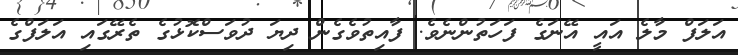
އަލަފް މާލެ އައީ އޭނަގެ ފަހަތުންނެވެ. ފާއިތުވެގެން ދިޔަ ދުވަސްކޮޅުގެ ތެރޭގައި އަލަފްގެ